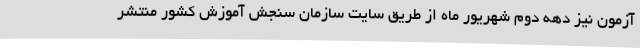
آزمون نیز دهه دوم شهریور ماه از طریق سایت سازمان سنجش آموزش کشور منتشر